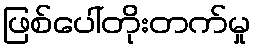
ဖြစ်ပေါ်တိုးတက်မှု